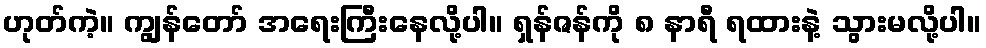
ဟုတ်ကဲ့။ ကျွန်တော် အရေးကြီးနေလို့ပါ။ ရှန်ဇန်ကို ၈ နာရီ ရထားနဲ့ သွားမလို့ပါ။